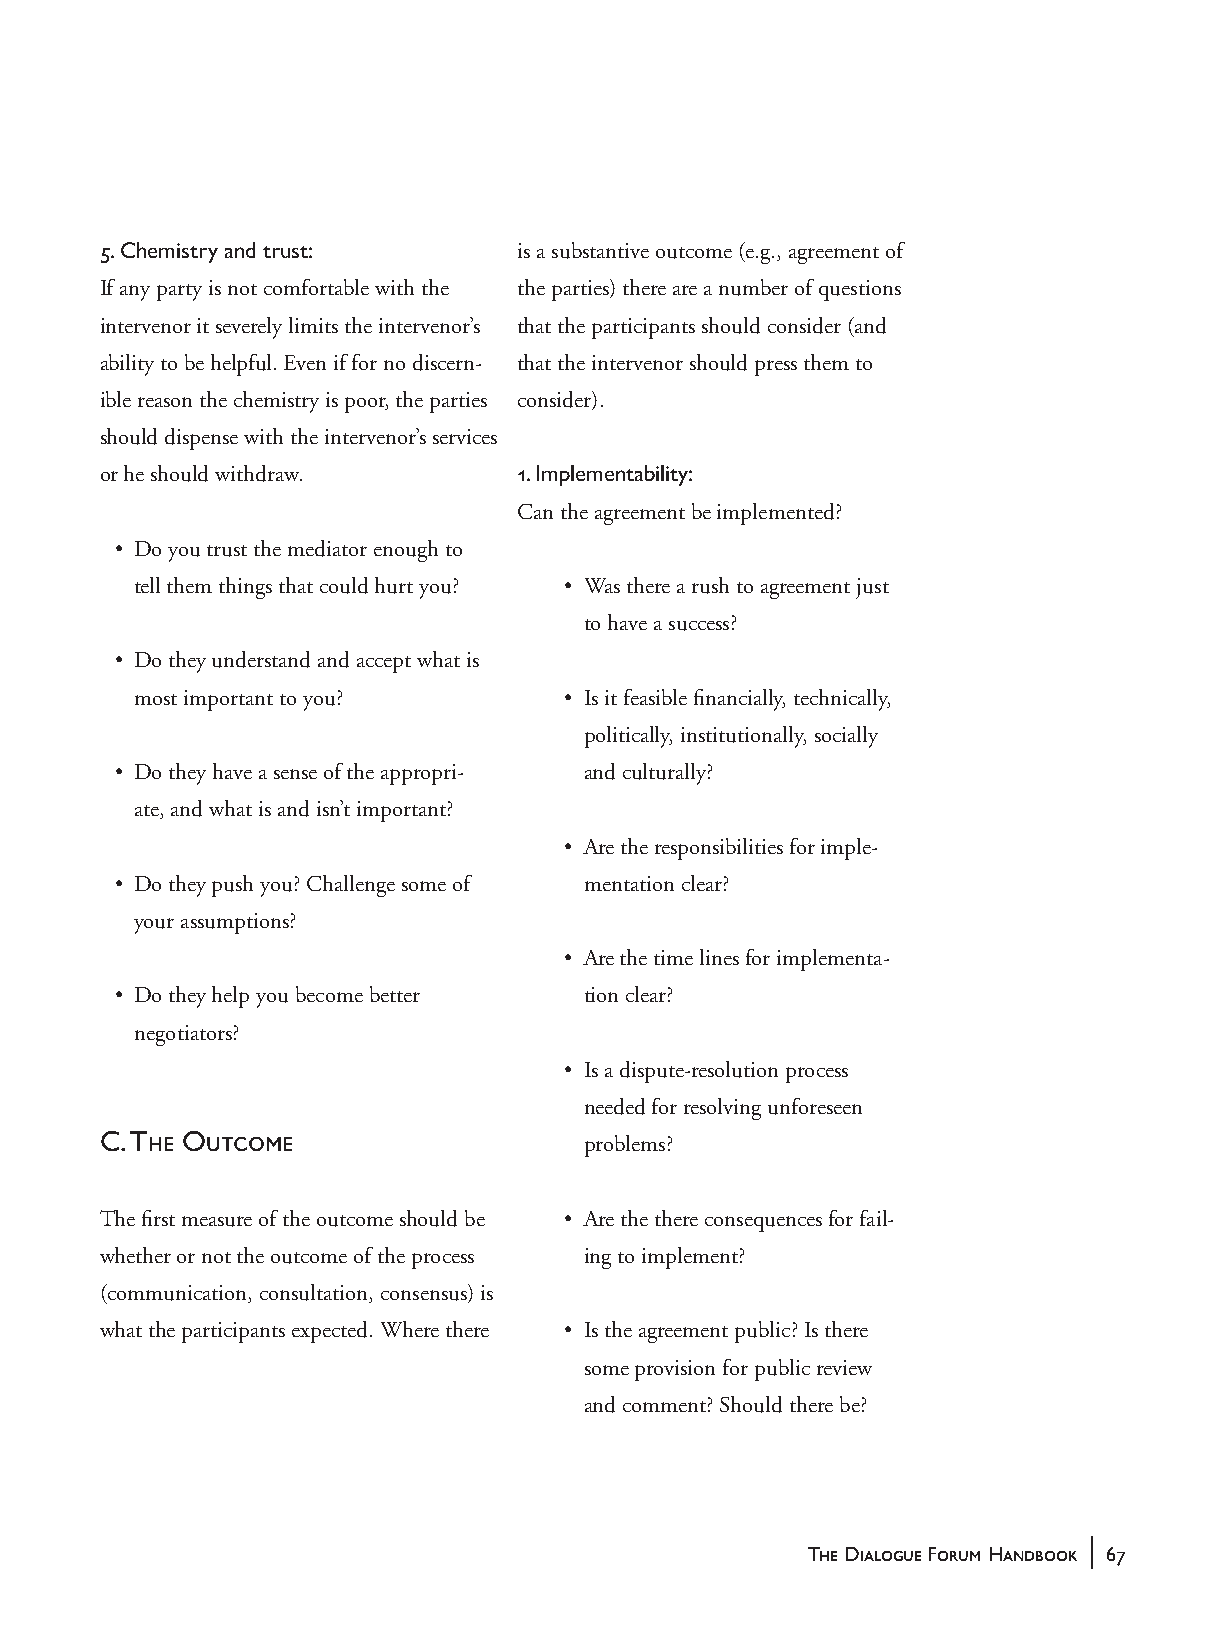
5. Chemistry and trust:     is a substantive outcome (e.g., agreement of
 If any party is not comfortable with the the parties) there are a number of questions
 intervenor it severely limits the intervenor’s that the participants should consider (and
 ability to be helpful. Even if for no discern- that the intervenor should press them to
 ible reason the chemistry is poor, the parties consider).
 should dispense with the intervenor’s services
 or he should withdraw.      1. Implementability:
 Can the agreement be implemented?
 • D o you trust the mediator enough to
 tell them things that could hurt you? • W as there a rush to agreement just
 to have a success?
 • D o they understand and accept what is
 most important to you?      • I s it feasible financially, technically,
 politically, institutionally, socially
 • D o they have a sense of the appropri- and culturally?
 ate, and what is and isn’t important?
 • A re the responsibilities for imple-
 • D o they push you? Challenge some of mentation clear?
 your assumptions?
 • A re the time lines for implementa-
 • D o they help you become better tion clear?
 negotiators?
 • I s a dispute-resolution process
 needed for resolving unforeseen
 C. The Outcome                  problems?
 The first measure of the outcome should be • A re the there consequences for fail-
 whether or not the outcome of the process ing to implement?
 (communication, consultation, consensus) is
 what the participants expected. Where there • I s the agreement public? Is there
 some provision for public review
 and comment? Should there be?
 |
 The Dialogue Forum Handbook 67
 handbook_web         67                             5/30/04, 4:37 PM